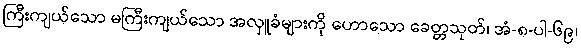
ကြီးကျယ်သော မကြီးကျယ်သော အလှူခံများကို ဟောသော ခေတ္တသုတ်၊ အံ-၈-ပါ-၆၉၊